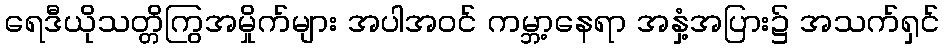
ရေဒီယိုသတ္တိကြွအမှိုက်များ အပါအဝင် ကမ္ဘာ့နေရာ အနှံ့အပြား၌ အသက်ရှင်